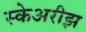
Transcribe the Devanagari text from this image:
स्केअरीझ